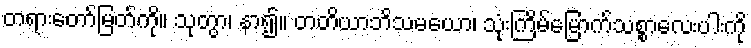
တရားတော်မြတ်ကို။ သုတွာ၊ နာ၍။ တတိယာဘိသမယော၊ သုံးကြိမ်မြောက်သစ္စာလေးပါးကို